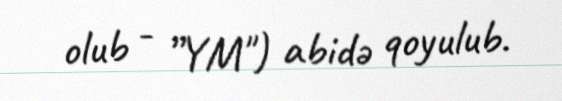
olub - ”YM") abidə qoyulub.